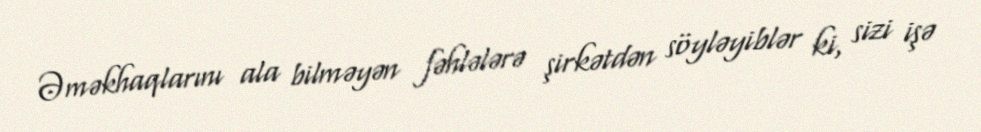
Əməkhaqlarını ala bilməyən fəhlələrə şirkətdən söyləyiblər ki, sizi işə